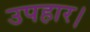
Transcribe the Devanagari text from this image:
उपहार।